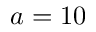
a = 1 0